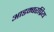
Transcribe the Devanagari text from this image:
आडम्बरप्रिय